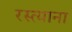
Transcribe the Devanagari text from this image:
रस्त्याना